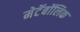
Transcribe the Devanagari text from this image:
मेटॅबॉलिक